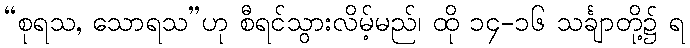
“စုရသ, သောရသ”ဟု စီရင်သွားလိမ့်မည်၊ ထို ၁၄-၁၆ သင်္ချာတို့၌ ရ